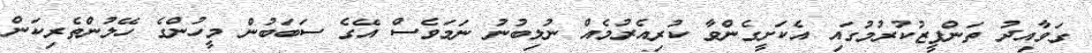
ގަވާއިދު ތަންފީޒުކުރުމުގައި އެކަށީގެންވާ ކުރިއެރުމެއް ނުލިބުނު ނަމަވެސް އޭގެ ސަބަބުން މީހުންގެ ހޭލުންތެރިކަން